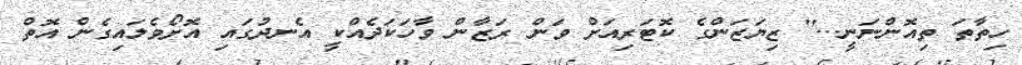
ހިތާތަ ތިއޮންނަނީ...'' ޒިޔަޒަންގެ ކޮޓަރިއަށް ވަން ރަޒާން ވާހަކަދެއްކީ އެނދުގައި އޮށޯވެލައިގެން އޮތް